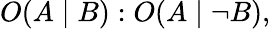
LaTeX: O(A\mid B):O(A\mid\neg B),